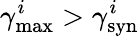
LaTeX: \gamma_{\mathrm{max}}^{i}>\gamma_{\mathrm{syn}}^{i}